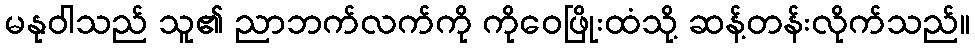
မနုဝါသည် သူ၏ ညာဘက်လက်ကို ကိုဝေဖြိုးထံသို့ ဆန့်တန်းလိုက်သည်။